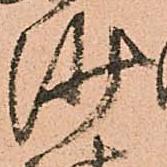
沙